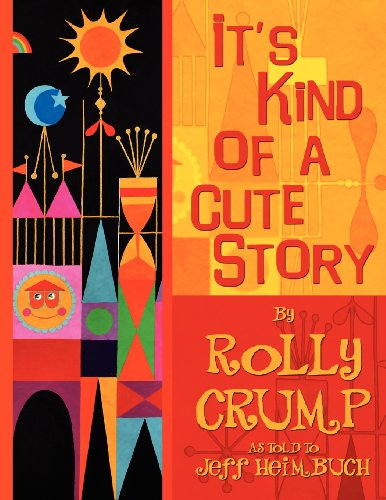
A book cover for It's Kind of a Cute Story; Rolly Crump; Travel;